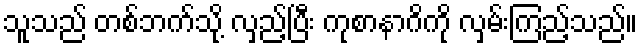
သူသည် တစ်ဘက်သို့ လှည့်ပြီး ကုစာနာဂိကို လှမ်းကြည့်သည်။